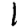
Digit: 1